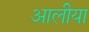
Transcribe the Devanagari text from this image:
आलीया